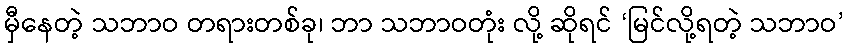
မှီနေတဲ့ သဘာဝ တရားတစ်ခု၊ ဘာ သဘာဝတုံး လို့ ဆိုရင် ‘မြင်လို့ရတဲ့ သဘာဝ’